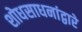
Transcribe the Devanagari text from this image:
शोधसाधनांद्वारे